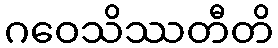
ဂဝေသိဿတီတိ